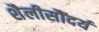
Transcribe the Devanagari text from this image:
शैलीसौंदर्य